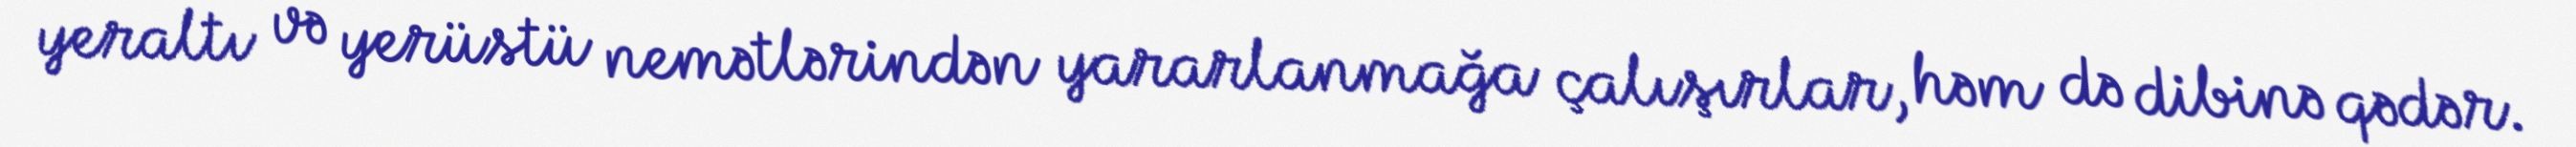
yeraltı və yerüstü nemətlərindən yararlanmağa çalışırlar, həm də dibinə qədər.